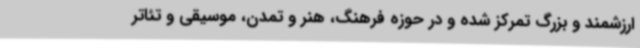
ارزشمند و بزرگ تمرکز شده و در حوزه فرهنگ، هنر و تمدن‌، موسیقی و تئاتر